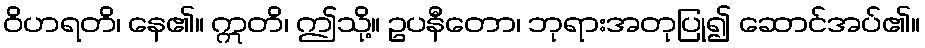
ဝိဟရတိ၊ နေ၏။ ဣတိ၊ ဤသို့။ ဥပနီတော၊ ဘုရားအတုပြု၍ ဆောင်အပ်၏။